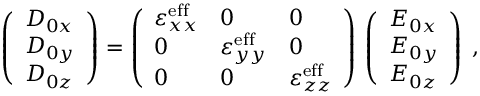
\left( \begin{array} { l } { D _ { 0 x } } \\ { D _ { 0 y } } \\ { D _ { 0 z } } \end{array} \right) = \left( \begin{array} { l l l } { \varepsilon _ { x x } ^ { \mathrm { e f f } } } & { 0 } & { 0 } \\ { 0 } & { \varepsilon _ { y y } ^ { \mathrm { e f f } } } & { 0 } \\ { 0 } & { 0 } & { \varepsilon _ { z z } ^ { \mathrm { e f f } } } \end{array} \right) \, \left( \begin{array} { l } { E _ { 0 x } } \\ { E _ { 0 y } } \\ { E _ { 0 z } } \end{array} \right) \: ,